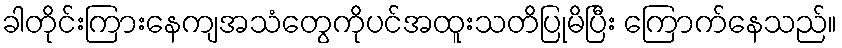
ခါတိုင်းကြားနေကျအသံတွေကိုပင်အထူးသတိပြုမိပြီး ကြောက်နေသည်။